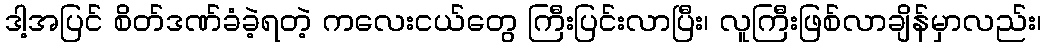
ဒါ့အပြင် စိတ်ဒဏ်ခံခဲ့ရတဲ့ ကလေးငယ်တွေ ကြီးပြင်းလာပြီး၊ လူကြီးဖြစ်လာချိန်မှာလည်း၊